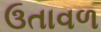
ઉતાવળ